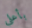
بأعلى